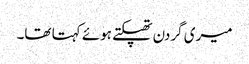
میری گردن تھپکتے ہوئے کہتا تھا۔